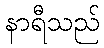
နာရီသည်